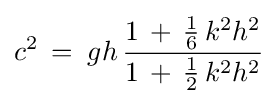
c^{2}\,=\;gh\,{\frac {1\,+\,{\frac {1}{6}}\,k^{2}h^{2}}{1\,+\,{\frac {1}{2}}\,k^{2}h^{2}}}